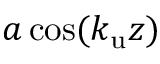
a \cos ( { k _ { \mathrm { u } } } z )